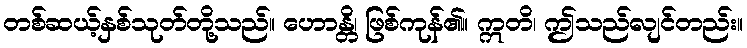
တစ်ဆယ့်နှစ်သုတ်တို့သည်။ ဟောန္တိ၊ ဖြစ်ကုန်၏။ ဣတိ၊ ဤသည်လျင်တည်း။